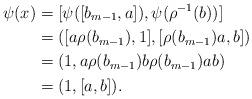
LaTeX: \begin{align*}\psi(x) &= [\psi([b_{m-1},a]), \psi(\rho^{-1}(b))]\\&=([a\rho(b_{m-1}), 1], [\rho(b_{m-1})a, b])\\&=(1, a\rho(b_{m-1})b\rho(b_{m-1})ab)\\&= (1, [a,b]).\end{align*}